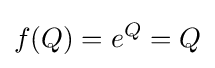
f(Q)=e^{Q}=Q